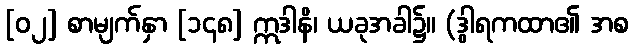
[၀၂] စာမျက်နှာ [၁၄၈] ဣဒါနိ၊ ယခုအခါ၌။ (ဒွါရကထာ၏ အစ